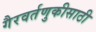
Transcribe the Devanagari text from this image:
गैरवर्तणुकीसाठी